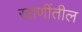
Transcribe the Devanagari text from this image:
खाणींतील